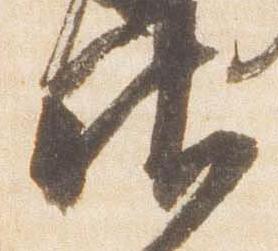
御